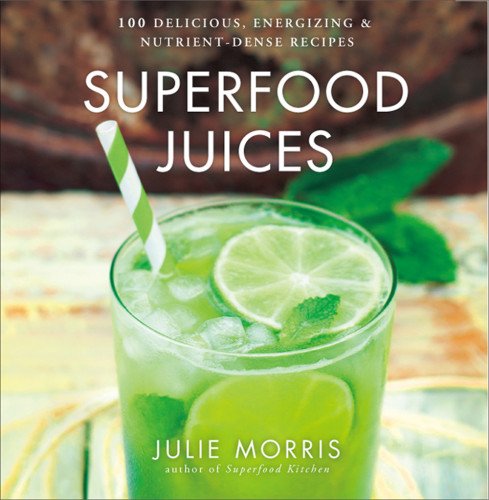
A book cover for Superfood Juices: 100 Delicious, Energizing & Nutrient-Dense Recipes; Julie Morris; Cookbooks, Food & Wine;